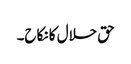
حق حلال کا نکاح۔